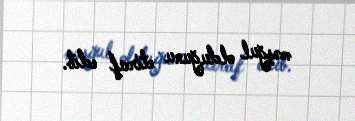
məşğul olduğunu etiraf edib.